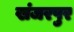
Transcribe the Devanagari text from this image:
खंजरपुर